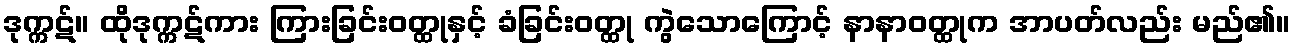
ဒုက္ကဋ်။ ထိုဒုက္ကဋ်ကား ကြားခြင်းဝတ္ထုနှင့် ခံခြင်းဝတ္ထု ကွဲသောကြောင့် နာနာဝတ္ထုက အာပတ်လည်း မည်၏။